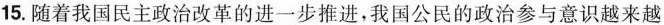
15.随着我国民主政治改革的进一步推进，我国公民的政治参与意识越来越